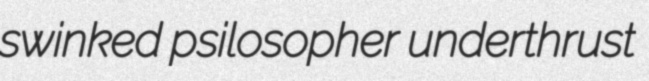
swinked psilosopher underthrust